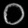
Digit: ၀